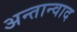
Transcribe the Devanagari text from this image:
अन्तान्वाद